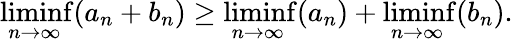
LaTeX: \operatorname*{liminf}_{n\to\infty}(a_{n}+b_{n})\geq\operatorname*{liminf}_{n\to\infty}(a_{n})+\operatorname*{liminf}_{n\to\infty}(b_{n}).